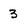
Character: 3